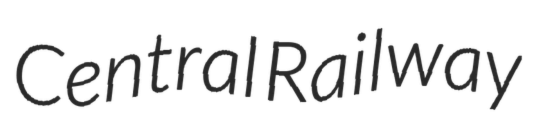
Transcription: Central Railway